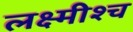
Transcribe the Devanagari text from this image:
लक्ष्मीश्च